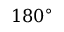
1 8 0 ^ { \circ }